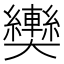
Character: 𱘿